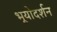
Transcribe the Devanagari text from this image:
भूयोदर्शन